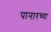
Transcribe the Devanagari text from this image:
पानारच्या